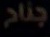
جناح